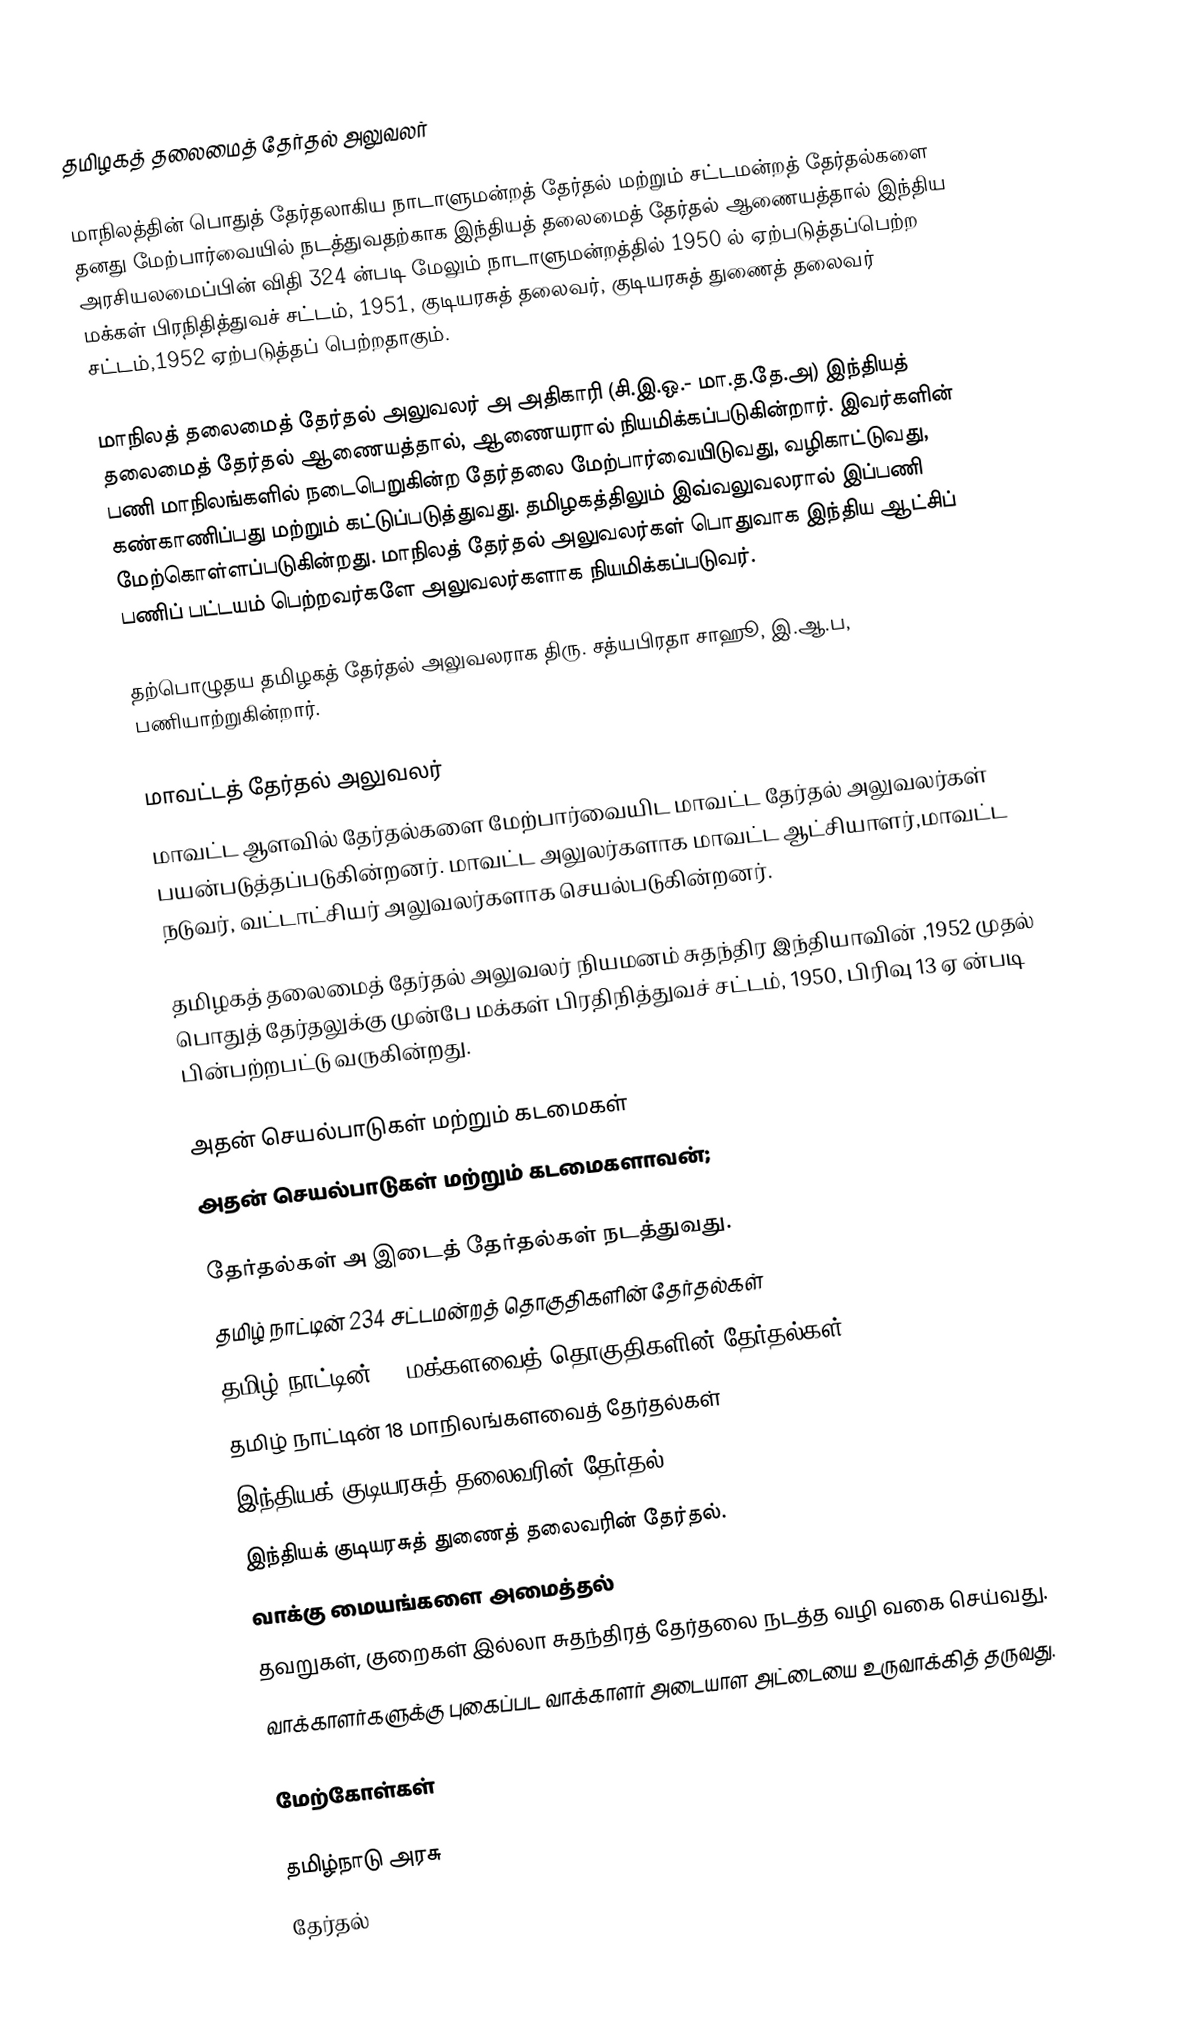
தமிழகத் தலைமைத் தேர்தல் அலுவலர்

மாநிலத்தின் பொதுத் தேர்தலாகிய நாடாளுமன்றத் தேர்தல் மற்றும் சட்டமன்றத் தேர்தல்களை தனது மேற்பார்வையில் நடத்துவதற்காக இந்தியத் தலைமைத் தேர்தல் ஆணையத்தால் இந்திய அரசியலமைப்பின் விதி 324 ன்படி மேலும் நாடாளுமன்றத்தில் 1950 ல் ஏற்படுத்தப்பெற்ற மக்கள் பிரநிதித்துவச் சட்டம், 1951, குடியரசுத் தலைவர், குடியரசுத் துணைத் தலைவர் சட்டம்,1952 ஏற்படுத்தப் பெற்றதாகும்.

மாநிலத் தலைமைத் தேர்தல் அலுவலர் அ அதிகாரி (சி.இ.ஒ.- மா.த.தே.அ) இந்தியத் தலைமைத் தேர்தல் ஆணையத்தால், ஆணையரால் நியமிக்கப்படுகின்றார். இவர்களின் பணி மாநிலங்களில் நடைபெறுகின்ற தேர்தலை மேற்பார்வையிடுவது, வழிகாட்டுவது, கண்காணிப்பது மற்றும் கட்டுப்படுத்துவது. தமிழகத்திலும் இவ்வலுவலரால் இப்பணி மேற்கொள்ளப்படுகின்றது. மாநிலத் தேர்தல் அலுவலர்கள் பொதுவாக இந்திய ஆட்சிப் பணிப் பட்டயம் பெற்றவர்களே அலுவலர்களாக நியமிக்கப்படுவர்.

தற்பொழுதய தமிழகத் தேர்தல் அலுவலராக திரு. சத்யபிரதா சாஹூ, இ.ஆ.ப,  பணியாற்றுகின்றார்.

மாவட்டத் தேர்தல் அலுவலர்
மாவட்ட ஆளவில் தேர்தல்களை மேற்பார்வையிட மாவட்ட தேர்தல் அலுவலர்கள் பயன்படுத்தப்படுகின்றனர். மாவட்ட அலுலர்களாக மாவட்ட ஆட்சியாளர்,மாவட்ட  நடுவர், வட்டாட்சியர் அலுவலர்களாக செயல்படுகின்றனர்.

தமிழகத் தலைமைத் தேர்தல் அலுவலர் நியமனம் சுதந்திர இந்தியாவின் ,1952 முதல் பொதுத் தேர்தலுக்கு முன்பே மக்கள் பிரதிநித்துவச் சட்டம், 1950, பிரிவு 13 ஏ ன்படி  பின்பற்றபட்டு வருகின்றது.

அதன் செயல்பாடுகள் மற்றும் கடமைகள்
அதன் செயல்பாடுகள் மற்றும் கடமைகளாவன்;

தேர்தல்கள் அ இடைத் தேர்தல்கள் நடத்துவது.
தமிழ் நாட்டின் 234 சட்டமன்றத் தொகுதிகளின் தேர்தல்கள்
தமிழ் நாட்டின் 39 மக்களவைத் தொகுதிகளின் தேர்தல்கள்
தமிழ் நாட்டின் 18 மாநிலங்களவைத் தேர்தல்கள்
இந்தியக் குடியரசுத் தலைவரின் தேர்தல்
இந்தியக் குடியரசுத் துணைத் தலைவரின் தேர்தல்.
வாக்கு மையங்களை அமைத்தல்
தவறுகள், குறைகள் இல்லா சுதந்திரத் தேர்தலை நடத்த வழி வகை செய்வது.
வாக்காளர்களுக்கு புகைப்பட வாக்காளர் அடையாள அட்டையை உருவாக்கித் தருவது.

மேற்கோள்கள்

தமிழ்நாடு அரசு
தேர்தல்